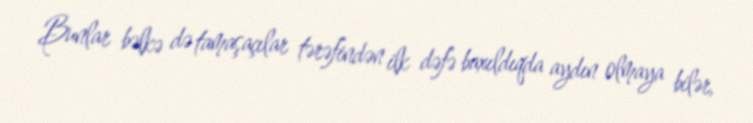
Bunlar bəlkə də tamaşaçılar tərəfindən ilk dəfə baxıldıqda aydın olmaya bilər,